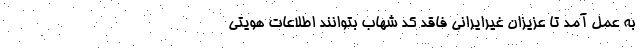
به عمل آمد تا عزیزان غیرایرانی فاقد کد شهاب بتوانند اطلاعات هویتی